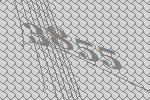
3855